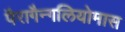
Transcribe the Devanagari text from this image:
पैरागैन्गलियोमास